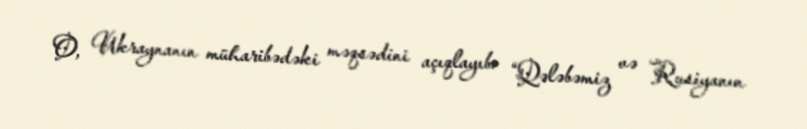
O, Ukraynanın müharibədəki məqsədini açıqlayıb: “Qələbəmiz və Rusiyanın